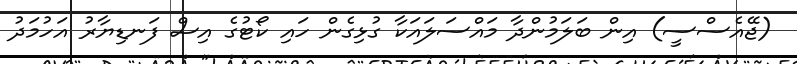
(ޖޭއެސްސީ) އިން ބަލަމުންދާ މައްސަލައަކާ ގުޅިގެން ހައި ކޯޓުގެ އިސް ފަނޑިޔާރު އަހުމަދު